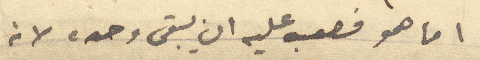
انا هو صعبه عليه ان يبقى وحده لانه